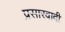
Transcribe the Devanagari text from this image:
प्रसारवादी